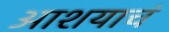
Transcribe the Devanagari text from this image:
आशयाचं